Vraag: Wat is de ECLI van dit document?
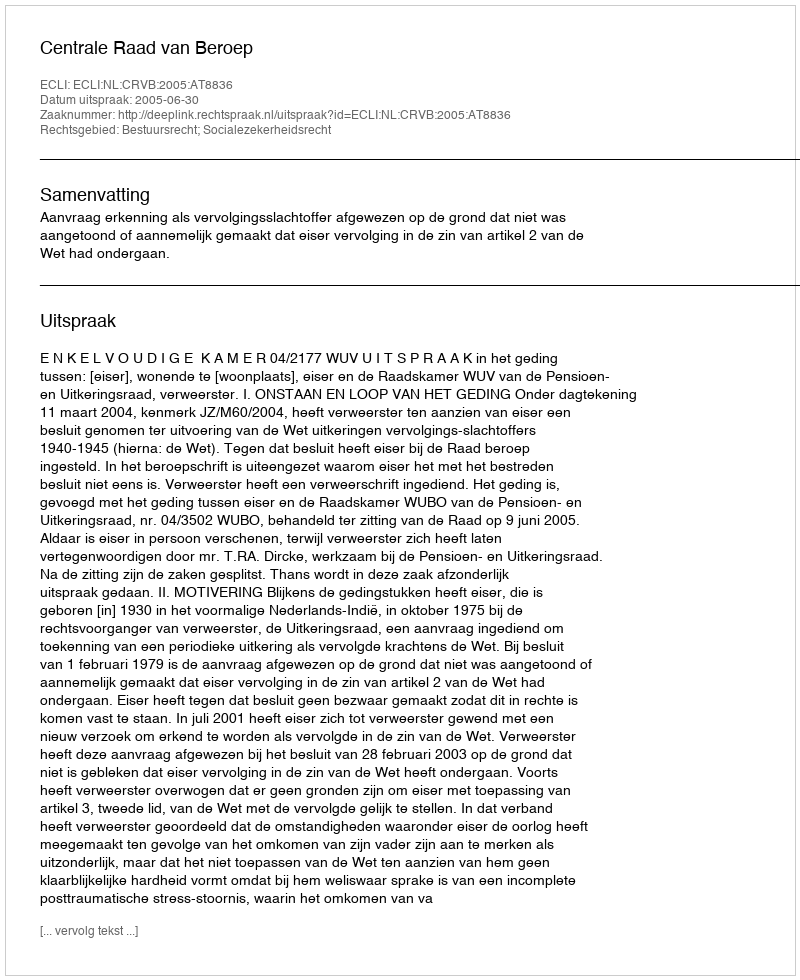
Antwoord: ECLI:NL:CRVB:2005:AT8836